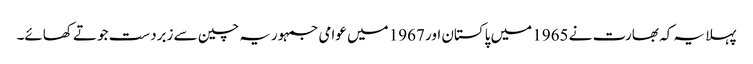
پہلا یہ کہ بھارت نے 1965 میں پاکستان اور 1967 میں عوامی جمہوریہ چین سے زبردست جوتے کھائے۔